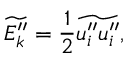
\widetilde { E _ { k } ^ { \prime \prime } } = \frac { 1 } { 2 } \widetilde { u _ { i } ^ { \prime \prime } u _ { i } ^ { \prime \prime } } ,